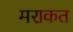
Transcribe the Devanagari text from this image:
मराकत